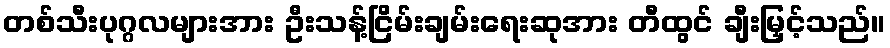
တစ်သီးပုဂ္ဂလများအား ဦးသန့်ငြိမ်းချမ်းရေးဆုအား တီထွင် ချီးမြှင့်သည်။